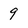
Character: 9